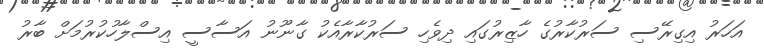
އަހަރު އިގިރޭސި ސަރުކާރުގެ ހާޒިރުގައި ދިވެހި ސަރުކާރާއެކު ގާނޫނު އަސާސީ އިސްލާހުކުރުމަށް ބާރު